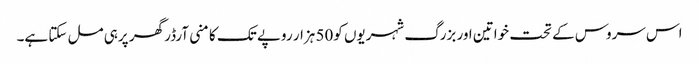
اس سروس کے تحت خواتین اور بزرگ شہریوں کو50 ہزار روپے تک کا منی آرڈر گھر پرہی مل سکتا ہے۔